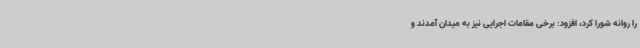
را روانه شورا کرد، افزود: برخی مقامات اجرایی نیز به میدان آمدند و